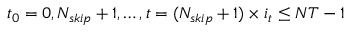
t _ { 0 } = 0 , N _ { s k i p } + 1 , \ldots , t = ( N _ { s k i p } + 1 ) \times i _ { t } \le N T - 1